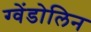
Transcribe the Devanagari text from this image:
ग्वेंडोलिन